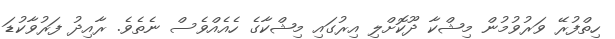
ހިތްފުރޭ ވަރުވުމުން މިޝްކާ ދޫކޮށްލި އިރުގައި މިޝްކާގެ ހެއެއްވެސް ނެތެވެ. ރާއިދު ފަރުވާކުޑަ